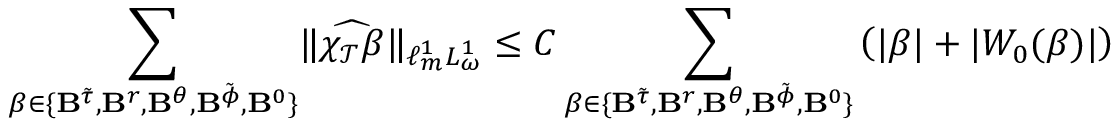
\sum _ { \beta \in \{ { \bf B } ^ { \tilde { \tau } } , { \bf B } ^ { r } , { \bf B } ^ { \theta } , { \bf B } ^ { \tilde { \phi } } , { \bf B } ^ { 0 } \} } \lVert \widehat { \chi _ { \mathcal { T } } \beta } \rVert _ { \ell _ { m } ^ { 1 } L _ { \omega } ^ { 1 } } \leq C \sum _ { \beta \in \{ { \bf B } ^ { \tilde { \tau } } , { \bf B } ^ { r } , { \bf B } ^ { \theta } , { \bf B } ^ { \tilde { \phi } } , { \bf B } ^ { 0 } \} } \left( | \beta | + | W _ { 0 } ( \beta ) | \right)